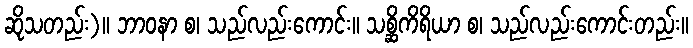
ဆိုသတည်း)။ ဘာဝနာ စ၊ သည်လည်းကောင်း။ သစ္ဆိကိရိယာ စ၊ သည်လည်းကောင်းတည်း။